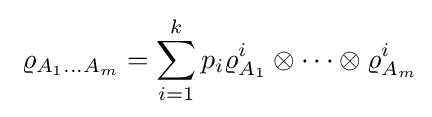
\;\varrho _{A_{1}\ldots A_{m}}=\sum _{i=1}^{k}p_{i}\varrho _{A_{1}}^{i}\otimes \cdots \otimes \varrho _{A_{m}}^{i}